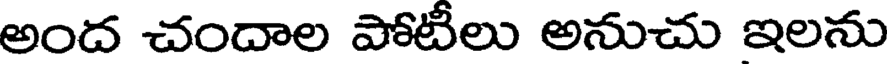
అంద చందాల పోటీలు అనుచు ఇలను